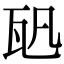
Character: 𤬨